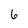
Character: 6